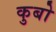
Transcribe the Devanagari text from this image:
कुबो